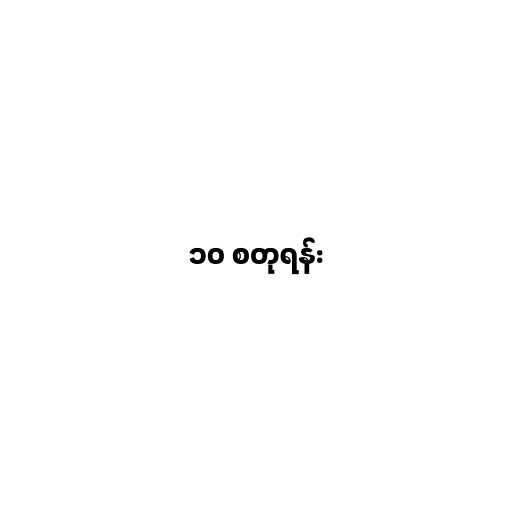
၁၀ စတုရန်း